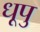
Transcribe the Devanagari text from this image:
धूपु